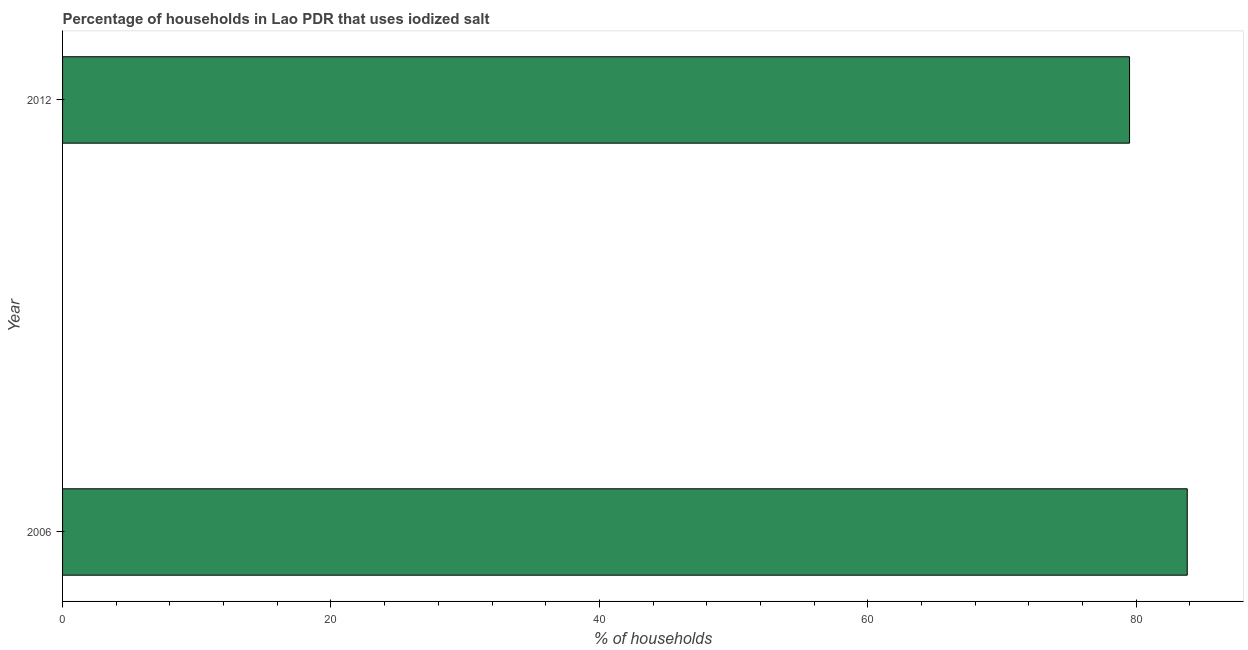
| Year | Consumption of iodized salt |
 | --- | --- |
 | 2006 | 83.8 |
 | 2012 | 79.5 |